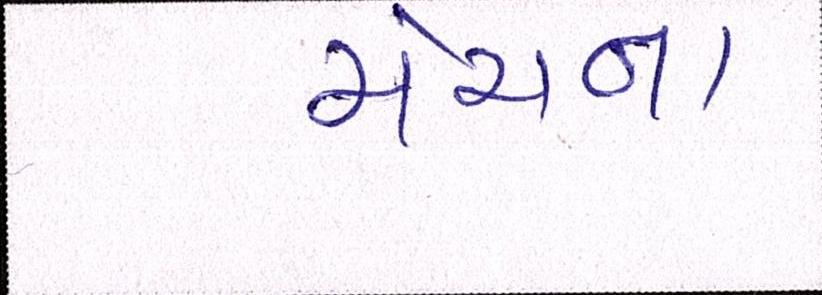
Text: મેચના